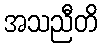
အသညီတိ